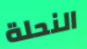
النحلة